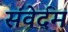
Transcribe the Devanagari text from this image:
संवेर्दम